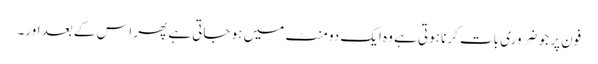
فون پر جو ضروری بات کرنا ہوتی ہے وہ ایک دو منٹ میں ہو جاتی ہے پھر اس کے بعد اور۔